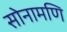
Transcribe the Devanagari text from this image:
सोनामणि